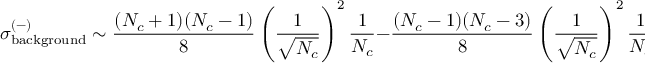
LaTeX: \sigma _ { \mathrm { b a c k g r o u n d } } ^ { ( - ) } \sim \frac { ( N _ { c } + 1 ) ( N _ { c } - 1 ) } { 8 } \left( \frac { 1 } { \sqrt { N _ { c } } } \right) ^ { 2 } \frac { 1 } { N _ { c } } - \frac { ( N _ { c } - 1 ) ( N _ { c } - 3 ) } { 8 } \left( \frac { 1 } { \sqrt { N _ { c } } } \right) ^ { 2 } \frac { 1 } { N _ { c } } \sim 1 / N _ { c } ,